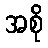
အစို